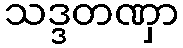
သဒ္ဒတဏှာ